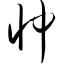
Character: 忡